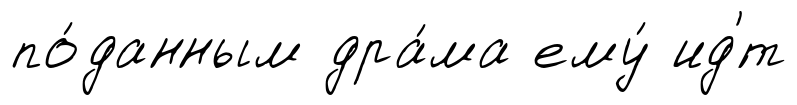
по́данным дра́ма ему́ ид'́т